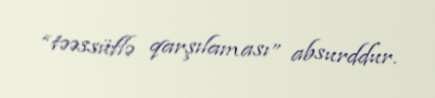
“təəssüflə qarşılaması” absurddur.